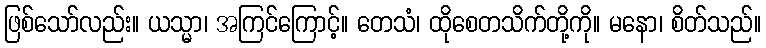
ဖြစ်သော်လည်း။ ယသ္မာ၊ အကြင်ကြောင့်။ တေသံ၊ ထိုစေတသိက်တို့ကို။ မနော၊ စိတ်သည်။